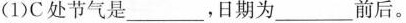
(1)C处节气是__，日期为_前后。